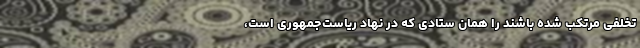
تخلفی مرتکب شده باشند را همان ستادی که در نهاد ریاست‌جمهوری است،